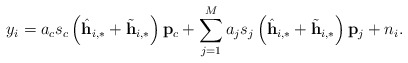
\begin{align*} y_i=a_c s_c\left(\hat{\mathbf{h}}_{i,*}+\tilde{\mathbf{h}}_{i,*}\right)\mathbf{p}_c+\sum_{j=1}^{M}a_j s_j \left(\hat{\mathbf{h}}_{i,*}+\tilde{\mathbf{h}}_{i,*}\right)\mathbf{p}_j+ n_i.\end{align*}